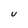
Character: U